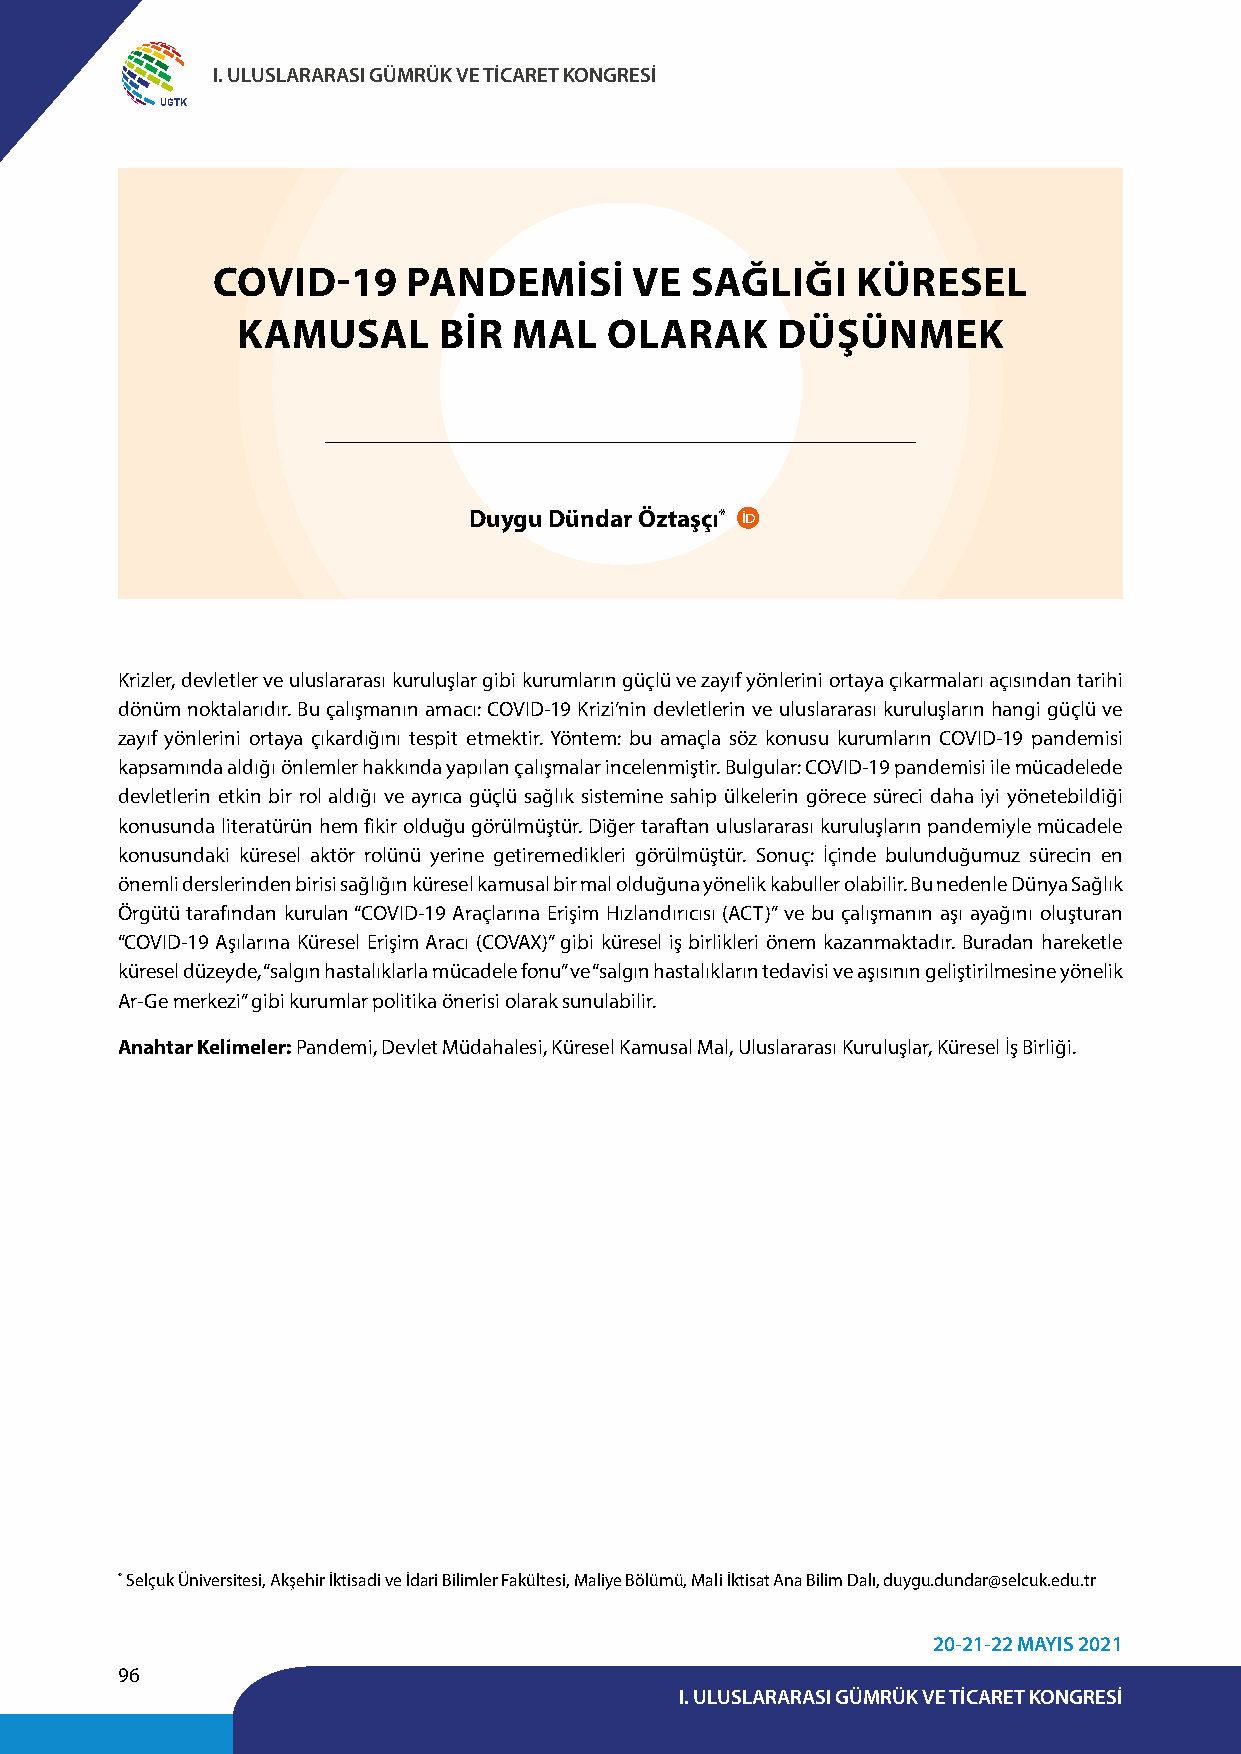
I. ULUSLARARASI GÜMRÜK VE TİCARET KONGRESİ
 UGTK
 COVID-19     PANDEMİSİ      VE  SAĞLIĞI    KÜRESEL
 KAMUSAL      BİR  MAL   OLARAK     DÜŞÜNMEK
 Duygu Dündar Öztaşçı*
 Krizler, devletler ve uluslararası kuruluşlar gibi kurumların güçlü ve zayıf yönlerini ortaya çıkarmaları açısından tarihi
 dönüm noktalarıdır. Bu çalışmanın amacı: COVID-19 Krizi’nin devletlerin ve uluslararası kuruluşların hangi güçlü ve
 zayıf yönlerini ortaya çıkardığını tespit etmektir. Yöntem: bu amaçla söz konusu kurumların COVID-19 pandemisi
 kapsamında aldığı önlemler hakkında yapılan çalışmalar incelenmiştir. Bulgular: COVID-19 pandemisi ile mücadelede
 devletlerin etkin bir rol aldığı ve ayrıca güçlü sağlık sistemine sahip ülkelerin görece süreci daha iyi yönetebildiği
 konusunda literatürün hem fikir olduğu görülmüştür. Diğer taraftan uluslararası kuruluşların pandemiyle mücadele
 konusundaki küresel aktör rolünü yerine getiremedikleri görülmüştür. Sonuç: İçinde bulunduğumuz sürecin en
 önemli derslerinden birisi sağlığın küresel kamusal bir mal olduğuna yönelik kabuller olabilir. Bu nedenle Dünya Sağlık
 Örgütü tarafından kurulan “COVID-19 Araçlarına Erişim Hızlandırıcısı (ACT)” ve bu çalışmanın aşı ayağını oluşturan
 “COVID-19 Aşılarına Küresel Erişim Aracı (COVAX)” gibi küresel iş birlikleri önem kazanmaktadır. Buradan hareketle
 küresel düzeyde, “salgın hastalıklarla mücadele fonu” ve “salgın hastalıkların tedavisi ve aşısının geliştirilmesine yönelik
 Ar-Ge merkezi” gibi kurumlar politika önerisi olarak sunulabilir.
 Anahtar Kelimeler: Pandemi, Devlet Müdahalesi, Küresel Kamusal Mal, Uluslararası Kuruluşlar, Küresel İş Birliği.
 * Selçuk Üniversitesi, Akşehir İktisadi ve İdari Bilimler Fakültesi, Maliye Bölümü, Mali İktisat Ana Bilim Dalı, duygu.dundar@selcuk.edu.tr
 20-21-22 MAYIS 2021
 96
 I. ULUSLARARASI GÜMRÜK VE TİCARET KONGRESİ